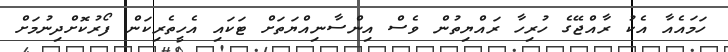
ހަމައެއާ އެކު ރާއްޖޭގެ ހުރިހާ ރައްޔިތުން ވެސް އިންސާނިއްޔަތަށް ޓަކައި އެހީތެރިކަން ފޯރުކޮށްދިނުމަށް